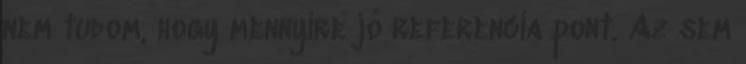
nem tudom, hogy mennyire jó referencia pont. Az sem